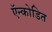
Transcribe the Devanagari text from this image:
ऍन्कोडित